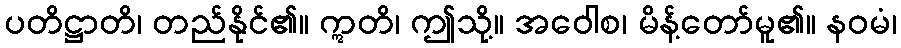
ပတိဋ္ဌာတိ၊ တည်နိုင်၏။ ဣတိ၊ ဤသို့။ အဝေါစ၊ မိန့်တော်မူ၏။ နဝမံ၊